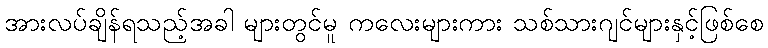
အားလပ်ချိန်ရသည့်အခါ များတွင်မူ ကလေးများကား သစ်သားဂျင်များနှင့်ဖြစ်စေ